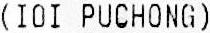
(IOI PUCHONG)